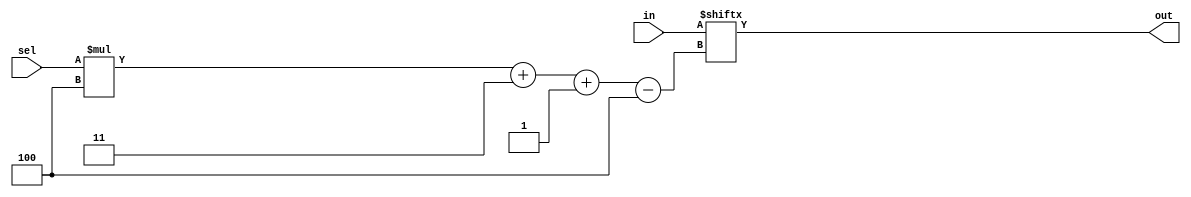
module top_module( 
    input [1023:0] in,
    input [7:0] sel,
    output [3:0] out );

    assign out = in[sel*4+3 -: 4]; // - and : should be put together
    
endmodule